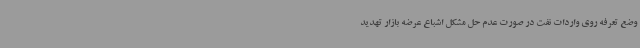
وضع تعرفه روی واردات نفت در صورت عدم حل مشکل اشباع عرضه بازار تهدید